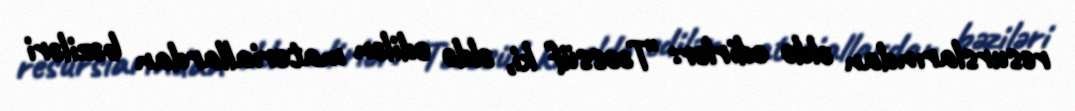
resurslarından əldə edirlər: "Təəssüf ki, əldə edilən materiallardan bəziləri